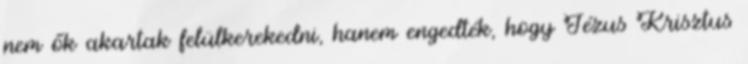
nem ők akartak felülkerekedni, hanem engedték, hogy Jézus Krisztus